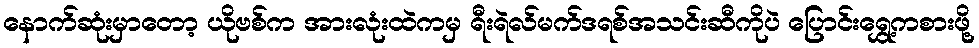
နောက်ဆုံးမှာတော့ ယိုဗစ်က အားလုံးထဲကမှ ရီးရဲလ်မက်ဒရစ်အသင်းဆီကိုပဲ ပြောင်းရွှေ့ကစားဖို့